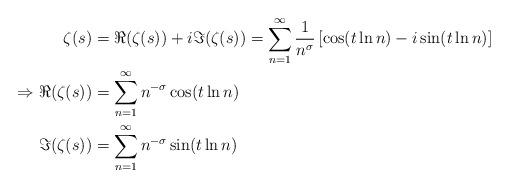
LaTeX: \begin{align*}\zeta(s) &= \Re(\zeta(s))+i\Im(\zeta(s)) = \sum_{n=1}^\infty \frac{1}{n^\sigma}\left[ \cos( t\ln n) - i\sin(t\ln n)\right]\\\Rightarrow \Re(\zeta(s)) &= \sum_{n=1}^\infty n^{-\sigma}\cos(t\ln n)\\\Im(\zeta(s)) &= \sum_{n=1}^\infty n^{-\sigma} \sin(t \ln n)\end{align*}